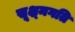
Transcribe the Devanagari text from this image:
सूक्ष्‍मगति